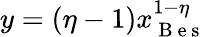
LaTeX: y=(\eta-1)x_{\mathrm{~B~e~s~}}^{1-\eta}